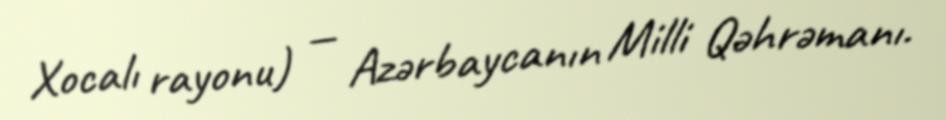
Xocalı rayonu) — Azərbaycanın Milli Qəhrəmanı.